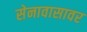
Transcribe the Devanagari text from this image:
सेनावासावर